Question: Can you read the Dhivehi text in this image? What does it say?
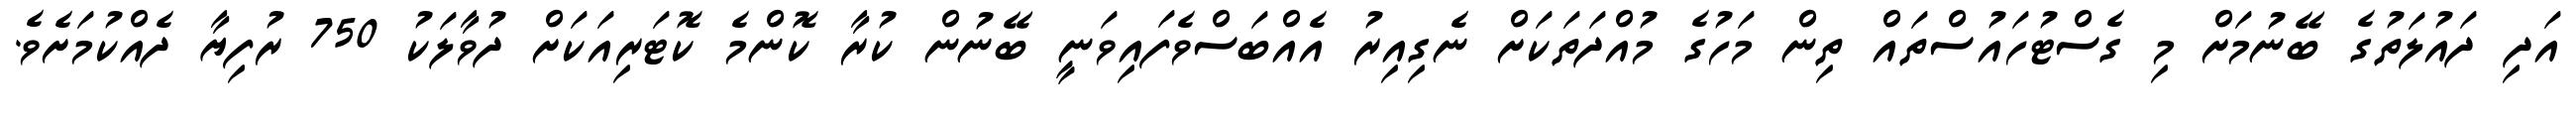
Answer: އަދި ދައުލަތުގެ ބޭނުމަށް މި ގެސްޓުހައުސްތައް ތިން މަހުގެ މުއްދަތަކަށް ނެގިއިރު އެއްބަސްވެފައިވަނީ ބޭނުން ކުރާ ކޮންމެ ކޮޓަރިއަކަށް ދުވާލަކު 750 ރުފިޔާ ދެއްކުމަށެވެ.